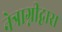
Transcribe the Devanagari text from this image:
नेत्राग्नीद्वारा